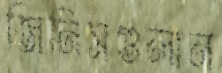
জিনিসগুলান